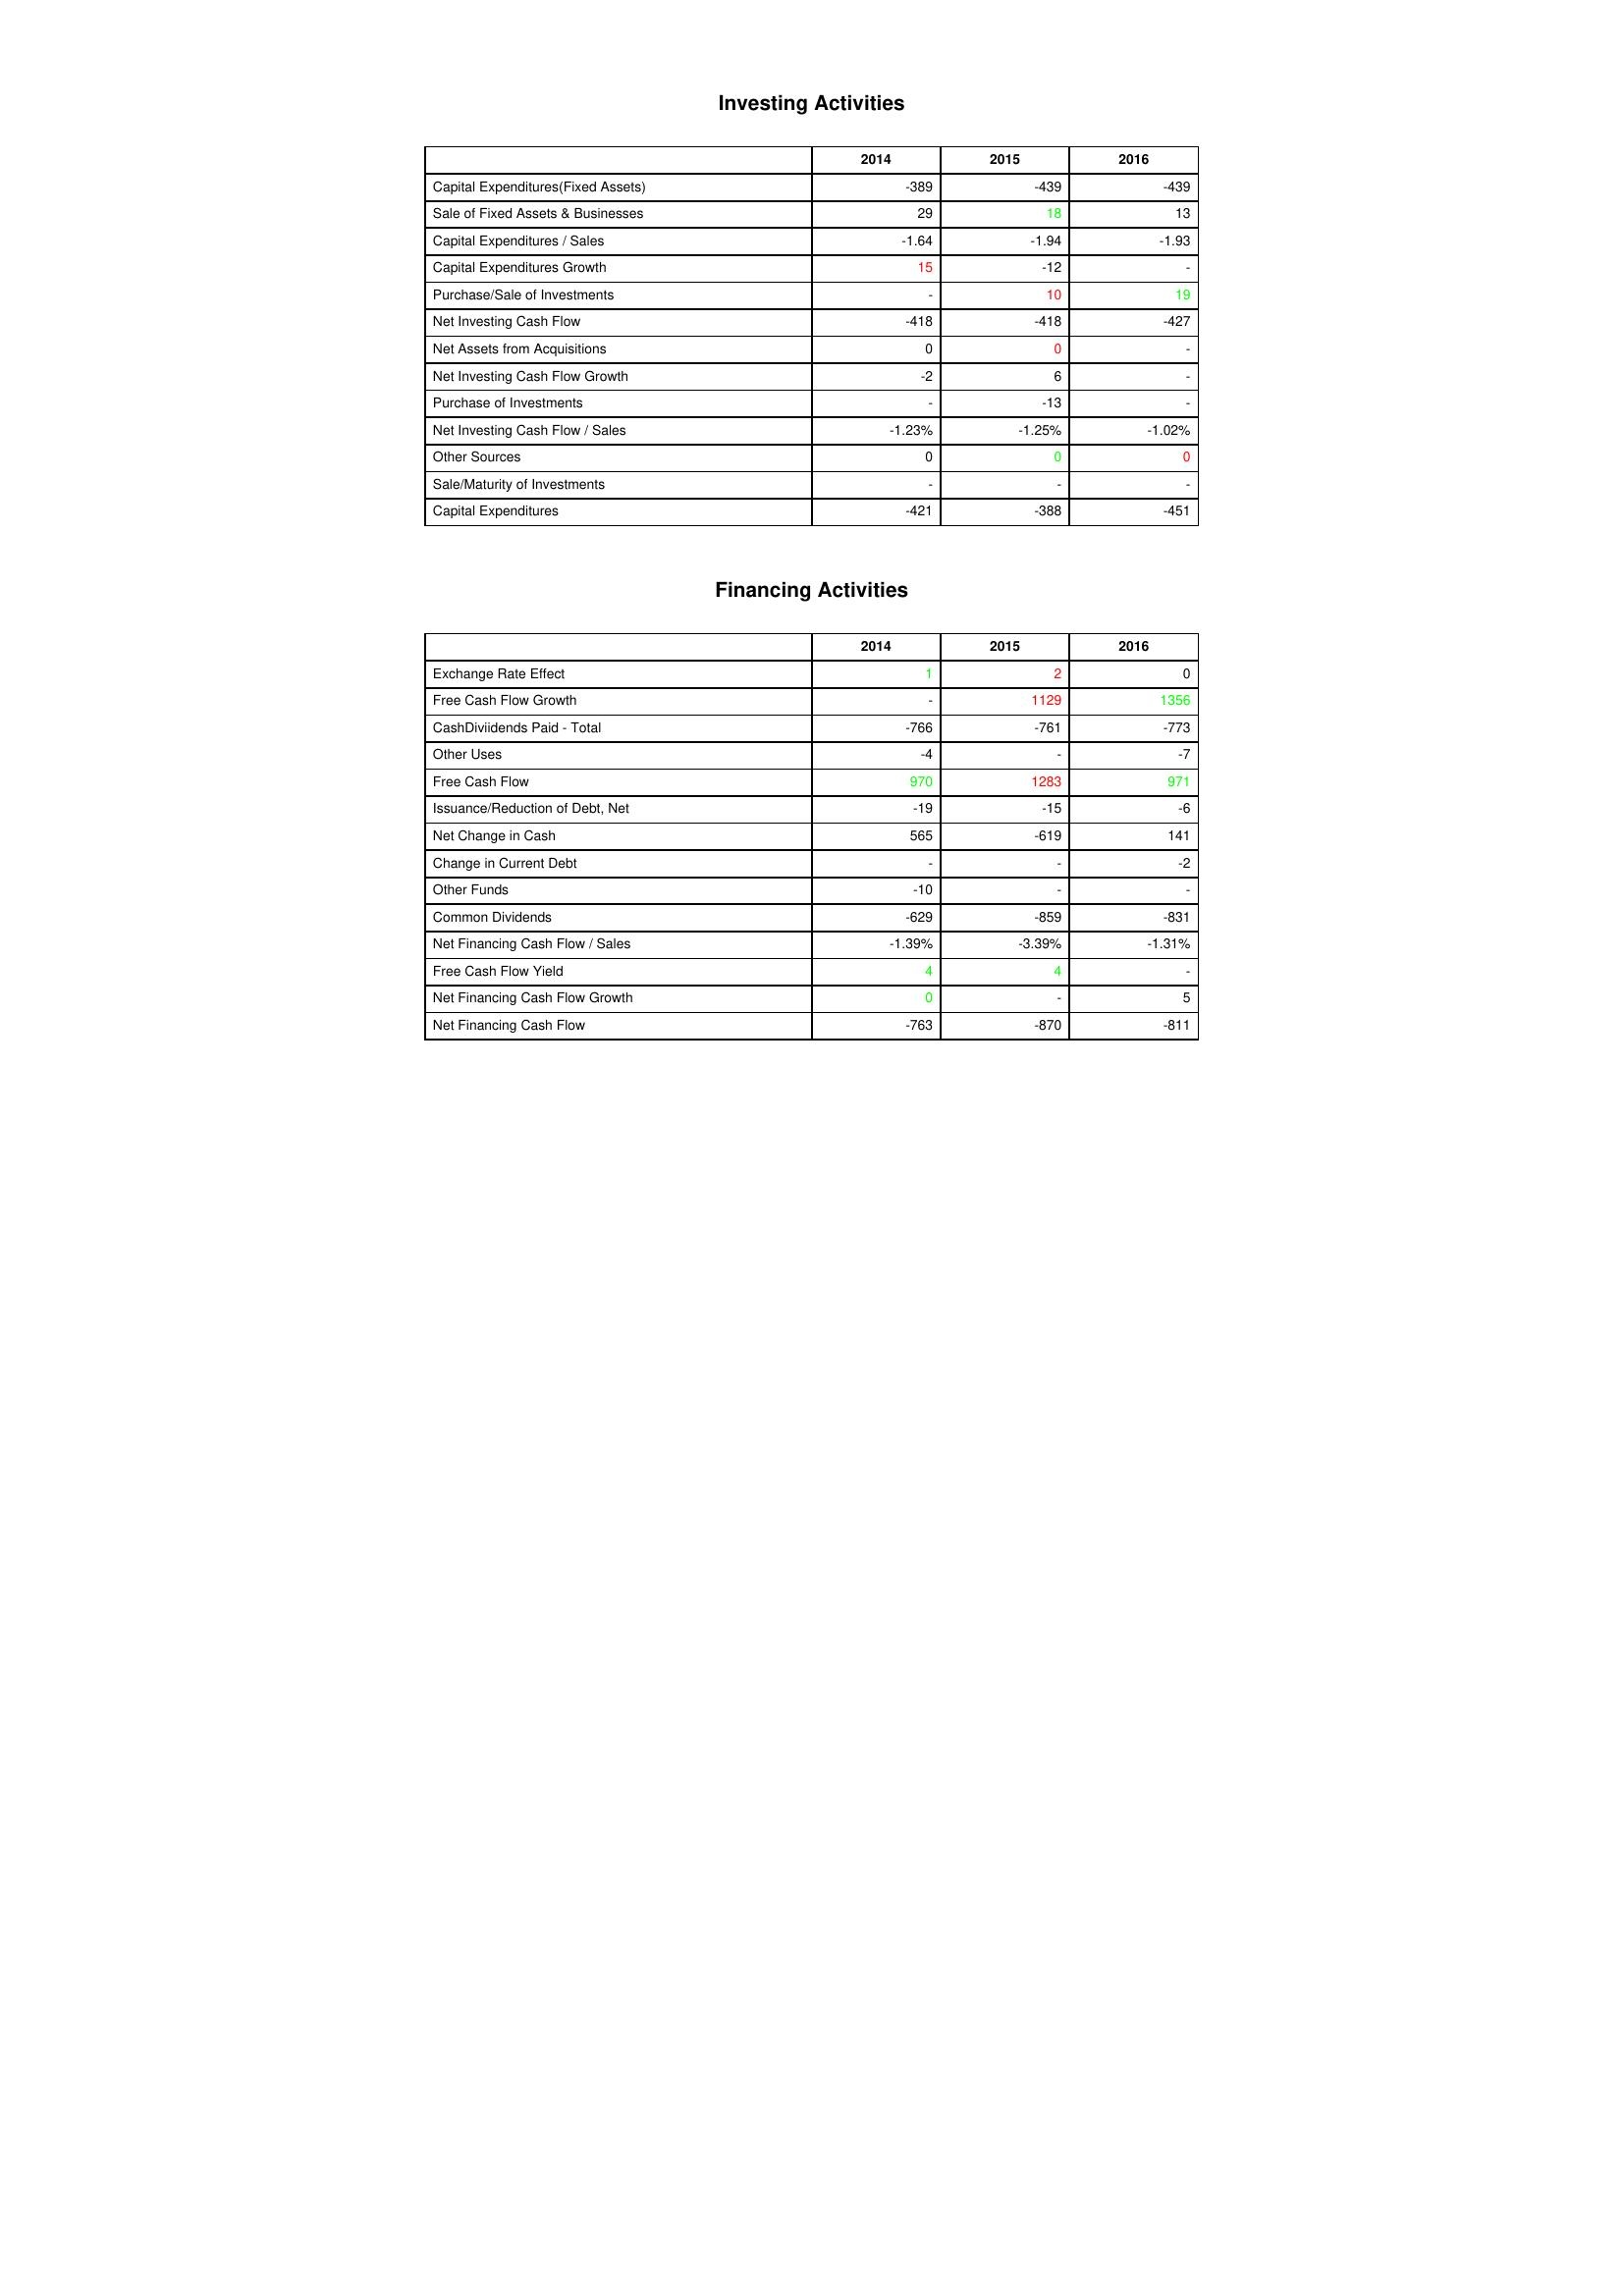
gt_parse: 2014: Investing Activities: Capital Expenditures(Fixed Assets): -389
Sale of Fixed Assets & Businesses: 29
Capital Expenditures / Sales: -1.64
Capital Expenditures Growth: 15
Purchase/Sale of Investments: -
Net Investing Cash Flow: -418
Net Assets from Acquisitions: 0
Net Investing Cash Flow Growth: -2
Purchase of Investments: -
Net Investing Cash Flow / Sales: -1.23%
Other Sources: 0
Sale/Maturity of Investments: -
Capital Expenditures: -421
Financing Activities: Exchange Rate Effect: 1
Free Cash Flow Growth: -
CashDiviidends Paid - Total: -766
Other Uses: -4
Free Cash Flow: 970
Issuance/Reduction of Debt, Net: -19
Net Change in Cash: 565
Change in Current Debt: -
Other Funds: -10
Common Dividends: -629
Net Financing Cash Flow / Sales: -1.39%
Free Cash Flow Yield: 4
Net Financing Cash Flow Growth: 0
Net Financing Cash Flow: -763
2015: Investing Activities: Capital Expenditures(Fixed Assets): -439
Sale of Fixed Assets & Businesses: 18
Capital Expenditures / Sales: -1.94
Capital Expenditures Growth: -12
Purchase/Sale of Investments: 10
Net Investing Cash Flow: -418
Net Assets from Acquisitions: 0
Net Investing Cash Flow Growth: 6
Purchase of Investments: -13
Net Investing Cash Flow / Sales: -1.25%
Other Sources: 0
Sale/Maturity of Investments: -
Capital Expenditures: -388
Financing Activities: Exchange Rate Effect: 2
Free Cash Flow Growth: 1129
CashDiviidends Paid - Total: -761
Other Uses: -
Free Cash Flow: 1283
Issuance/Reduction of Debt, Net: -15
Net Change in Cash: -619
Change in Current Debt: -
Other Funds: -
Common Dividends: -859
Net Financing Cash Flow / Sales: -3.39%
Free Cash Flow Yield: 4
Net Financing Cash Flow Growth: -
Net Financing Cash Flow: -870
2016: Investing Activities: Capital Expenditures(Fixed Assets): -439
Sale of Fixed Assets & Businesses: 13
Capital Expenditures / Sales: -1.93
Capital Expenditures Growth: -
Purchase/Sale of Investments: 19
Net Investing Cash Flow: -427
Net Assets from Acquisitions: -
Net Investing Cash Flow Growth: -
Purchase of Investments: -
Net Investing Cash Flow / Sales: -1.02%
Other Sources: 0
Sale/Maturity of Investments: -
Capital Expenditures: -451
Financing Activities: Exchange Rate Effect: 0
Free Cash Flow Growth: 1356
CashDiviidends Paid - Total: -773
Other Uses: -7
Free Cash Flow: 971
Issuance/Reduction of Debt, Net: -6
Net Change in Cash: 141
Change in Current Debt: -2
Other Funds: -
Common Dividends: -831
Net Financing Cash Flow / Sales: -1.31%
Free Cash Flow Yield: -
Net Financing Cash Flow Growth: 5
Net Financing Cash Flow: -811